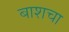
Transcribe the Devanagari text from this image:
बाशचा